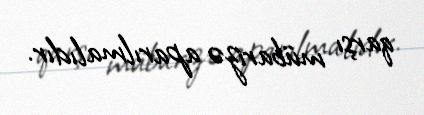
qarşı mübarizə aparılmalıdır.